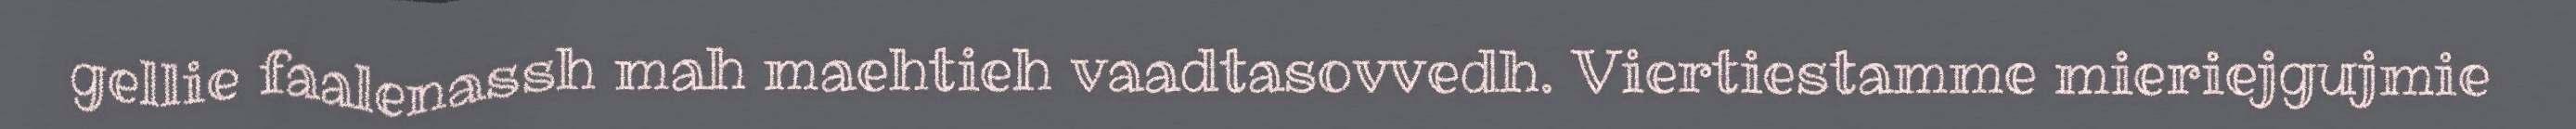
gellie faalenassh mah maehtieh vaadtasovvedh. Viertiestamme mieriejgujmie